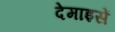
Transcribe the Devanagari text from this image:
देमाइसें